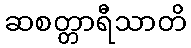
ဆစတ္တာရီသာတိ